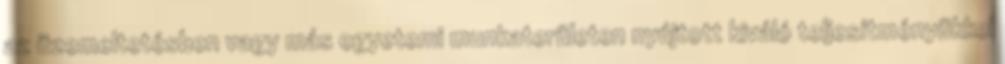
az üzemeltetésben vagy más egyetemi munkaterületen nyújtott kiváló teljesítményükkel